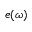
e ( \omega )